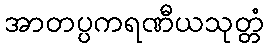
အာတပ္ပကရဏီယသုတ္တံ